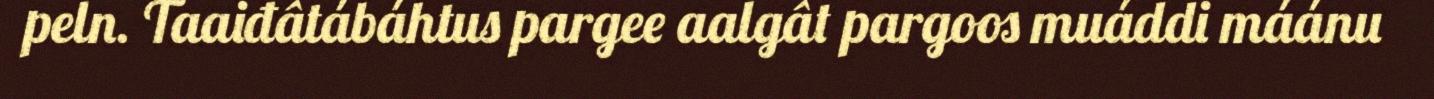
peln. Taaiđâtábáhtus pargee aalgât pargoos muáddi máánu